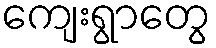
ကျေးရွာတွေ